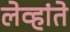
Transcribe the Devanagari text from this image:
लेव्हांते